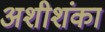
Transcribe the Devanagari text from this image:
अशीशंका